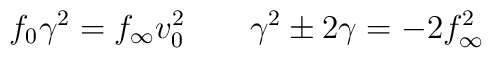
f_0 \gamma ^2 = f_{\infty} v_0 ^2 \; \; \; \; \; \; \;\gamma ^2 \pm 2 \gamma = - 2 f_{\infty} ^2